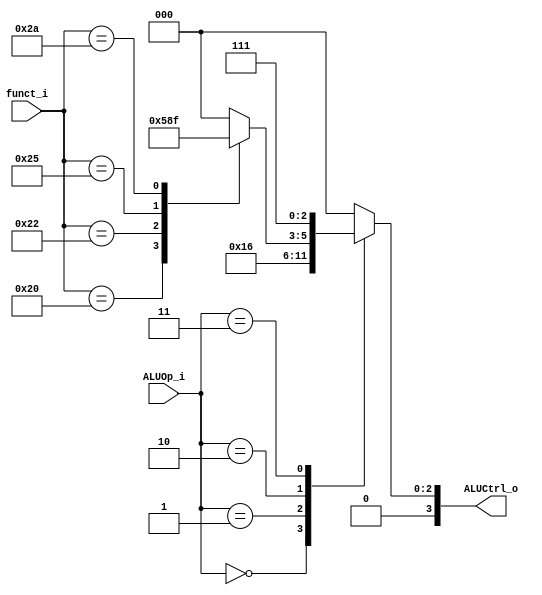
`timescale 1ns / 1ps
/*******************************************************************
 * Design Name: 	Pipeline CPU
 * Module Name:		ALU_Ctrl
 * Project Name: 	Architecture Project_3 Pipeline CPU
 ******************************************************************/

module ALU_Ctrl(
	input [6-1:0] funct_i,
	input [3-1:0] ALUOp_i,
	output reg [4-1:0] ALUCtrl_o
);

	always@(*) begin
		case(ALUOp_i)
			3'b000:	ALUCtrl_o = 4'b0010; //LW SW
			3'b001:	ALUCtrl_o = 4'b0110; //BEQ
			3'b010: case(funct_i)
						6'b10_0000:	ALUCtrl_o = 4'b0010; //ADD
						6'b10_0010:	ALUCtrl_o = 4'b0110; //SUB
						6'b10_0100:	ALUCtrl_o = 4'b0000; //AND
						6'b10_0101:	ALUCtrl_o = 4'b0001; //OR
						6'b10_1010:	ALUCtrl_o = 4'b0111; //SLT
						default:	ALUCtrl_o = 4'b0000;
					endcase
			3'b011:	ALUCtrl_o = 4'b0111;
			default:ALUCtrl_o = 4'b0000;
		endcase
	end

endmodule